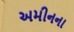
અમીનના